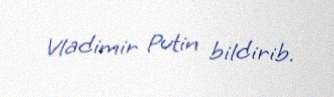
Vladimir Putin bildirib.